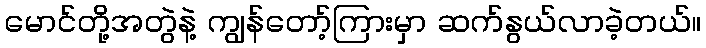
မောင်တို့အတွဲနဲ့ ကျွန်တော့်ကြားမှာ ဆက်နွယ်လာခဲ့တယ်။